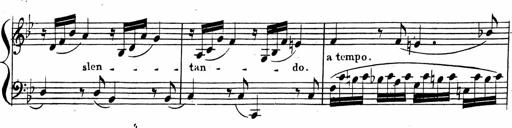
Title: 2 Piano Sonatinas
Composer: Ferdinand Ries